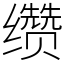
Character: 缵